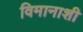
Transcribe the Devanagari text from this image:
विमानाशी